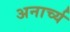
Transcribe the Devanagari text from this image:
अनार्च्य